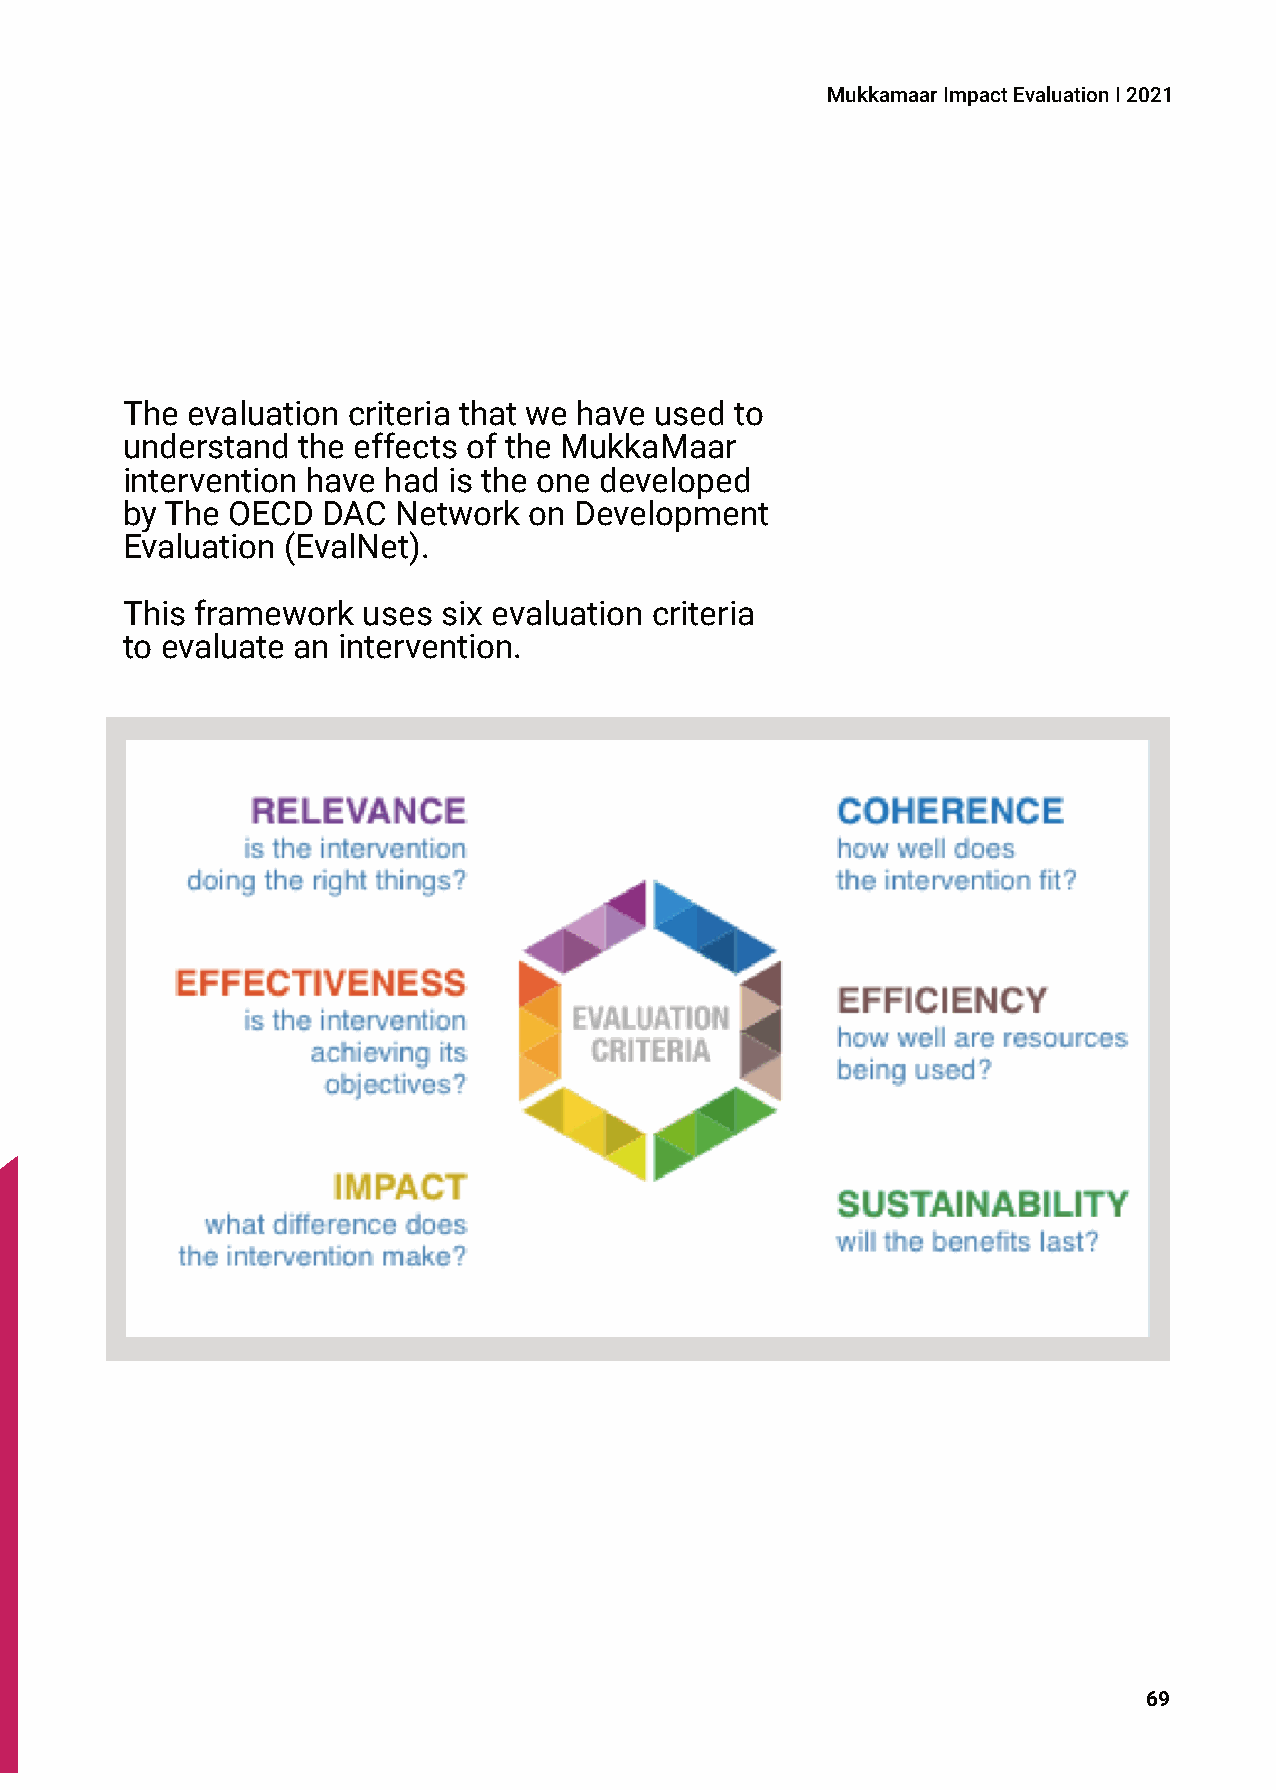
MukkamaarImpactEvaluationI2021
 The evaluation criteria that we have used to
 understand  the effects of the MukkaMaar
 intervention have had is the one developed
 by The OECD  DAC  Network  on Development
 Evaluation (EvalNet).
 This framework  uses six evaluation criteria
 to evaluate an intervention.
 69